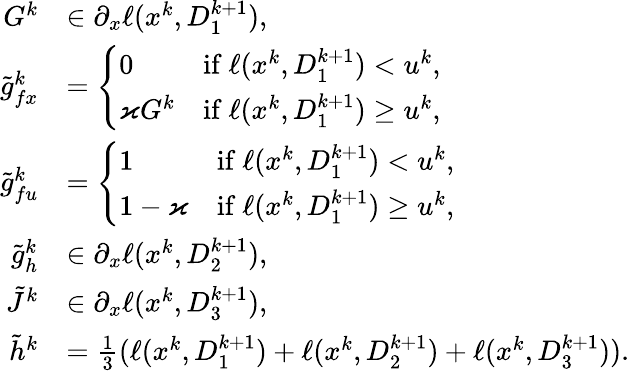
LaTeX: \begin{array}{rl}{G^{k}}&{\in\partial_{x}\ell(x^{k},D_{1}^{k+1}),}\\ {\tilde{g}_{fx}^{k}}&{=\left\{ \begin{array}{ll}{0}&{\mathrm{if~}\ell(x^{k},D_{1}^{k+1})<u^{k},}\\ {\varkappa G^{k}}&{\mathrm{if~}\ell(x^{k},D_{1}^{k+1})\ge u^{k},}\end{array}\right.}\\ {\tilde{g}_{fu}^{k}}&{=\left\{ \begin{array}{ll}{1}&{\mathrm{if~}\ell(x^{k},D_{1}^{k+1})<u^{k},}\\ {1-\varkappa}&{\mathrm{if~}\ell(x^{k},D_{1}^{k+1})\ge u^{k},}\end{array}\right.}\\ {\tilde{g}_{h}^{k}}&{\in\partial_{x}\ell(x^{k},D_{2}^{k+1}),}\\ {\tilde{J}^{k}}&{\in\partial_{x}\ell(x^{k},D_{3}^{k+1}),}\\ {\tilde{h}^{k}}&{=\frac{1}{3}(\ell(x^{k},D_{1}^{k+1})+\ell(x^{k},D_{2}^{k+1})+\ell(x^{k},D_{3}^{k+1})).}\end{array}